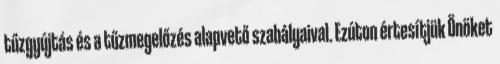
tűzgyújtás és a tűzmegelőzés alapvető szabályaival. Ezúton értesítjük Önöket